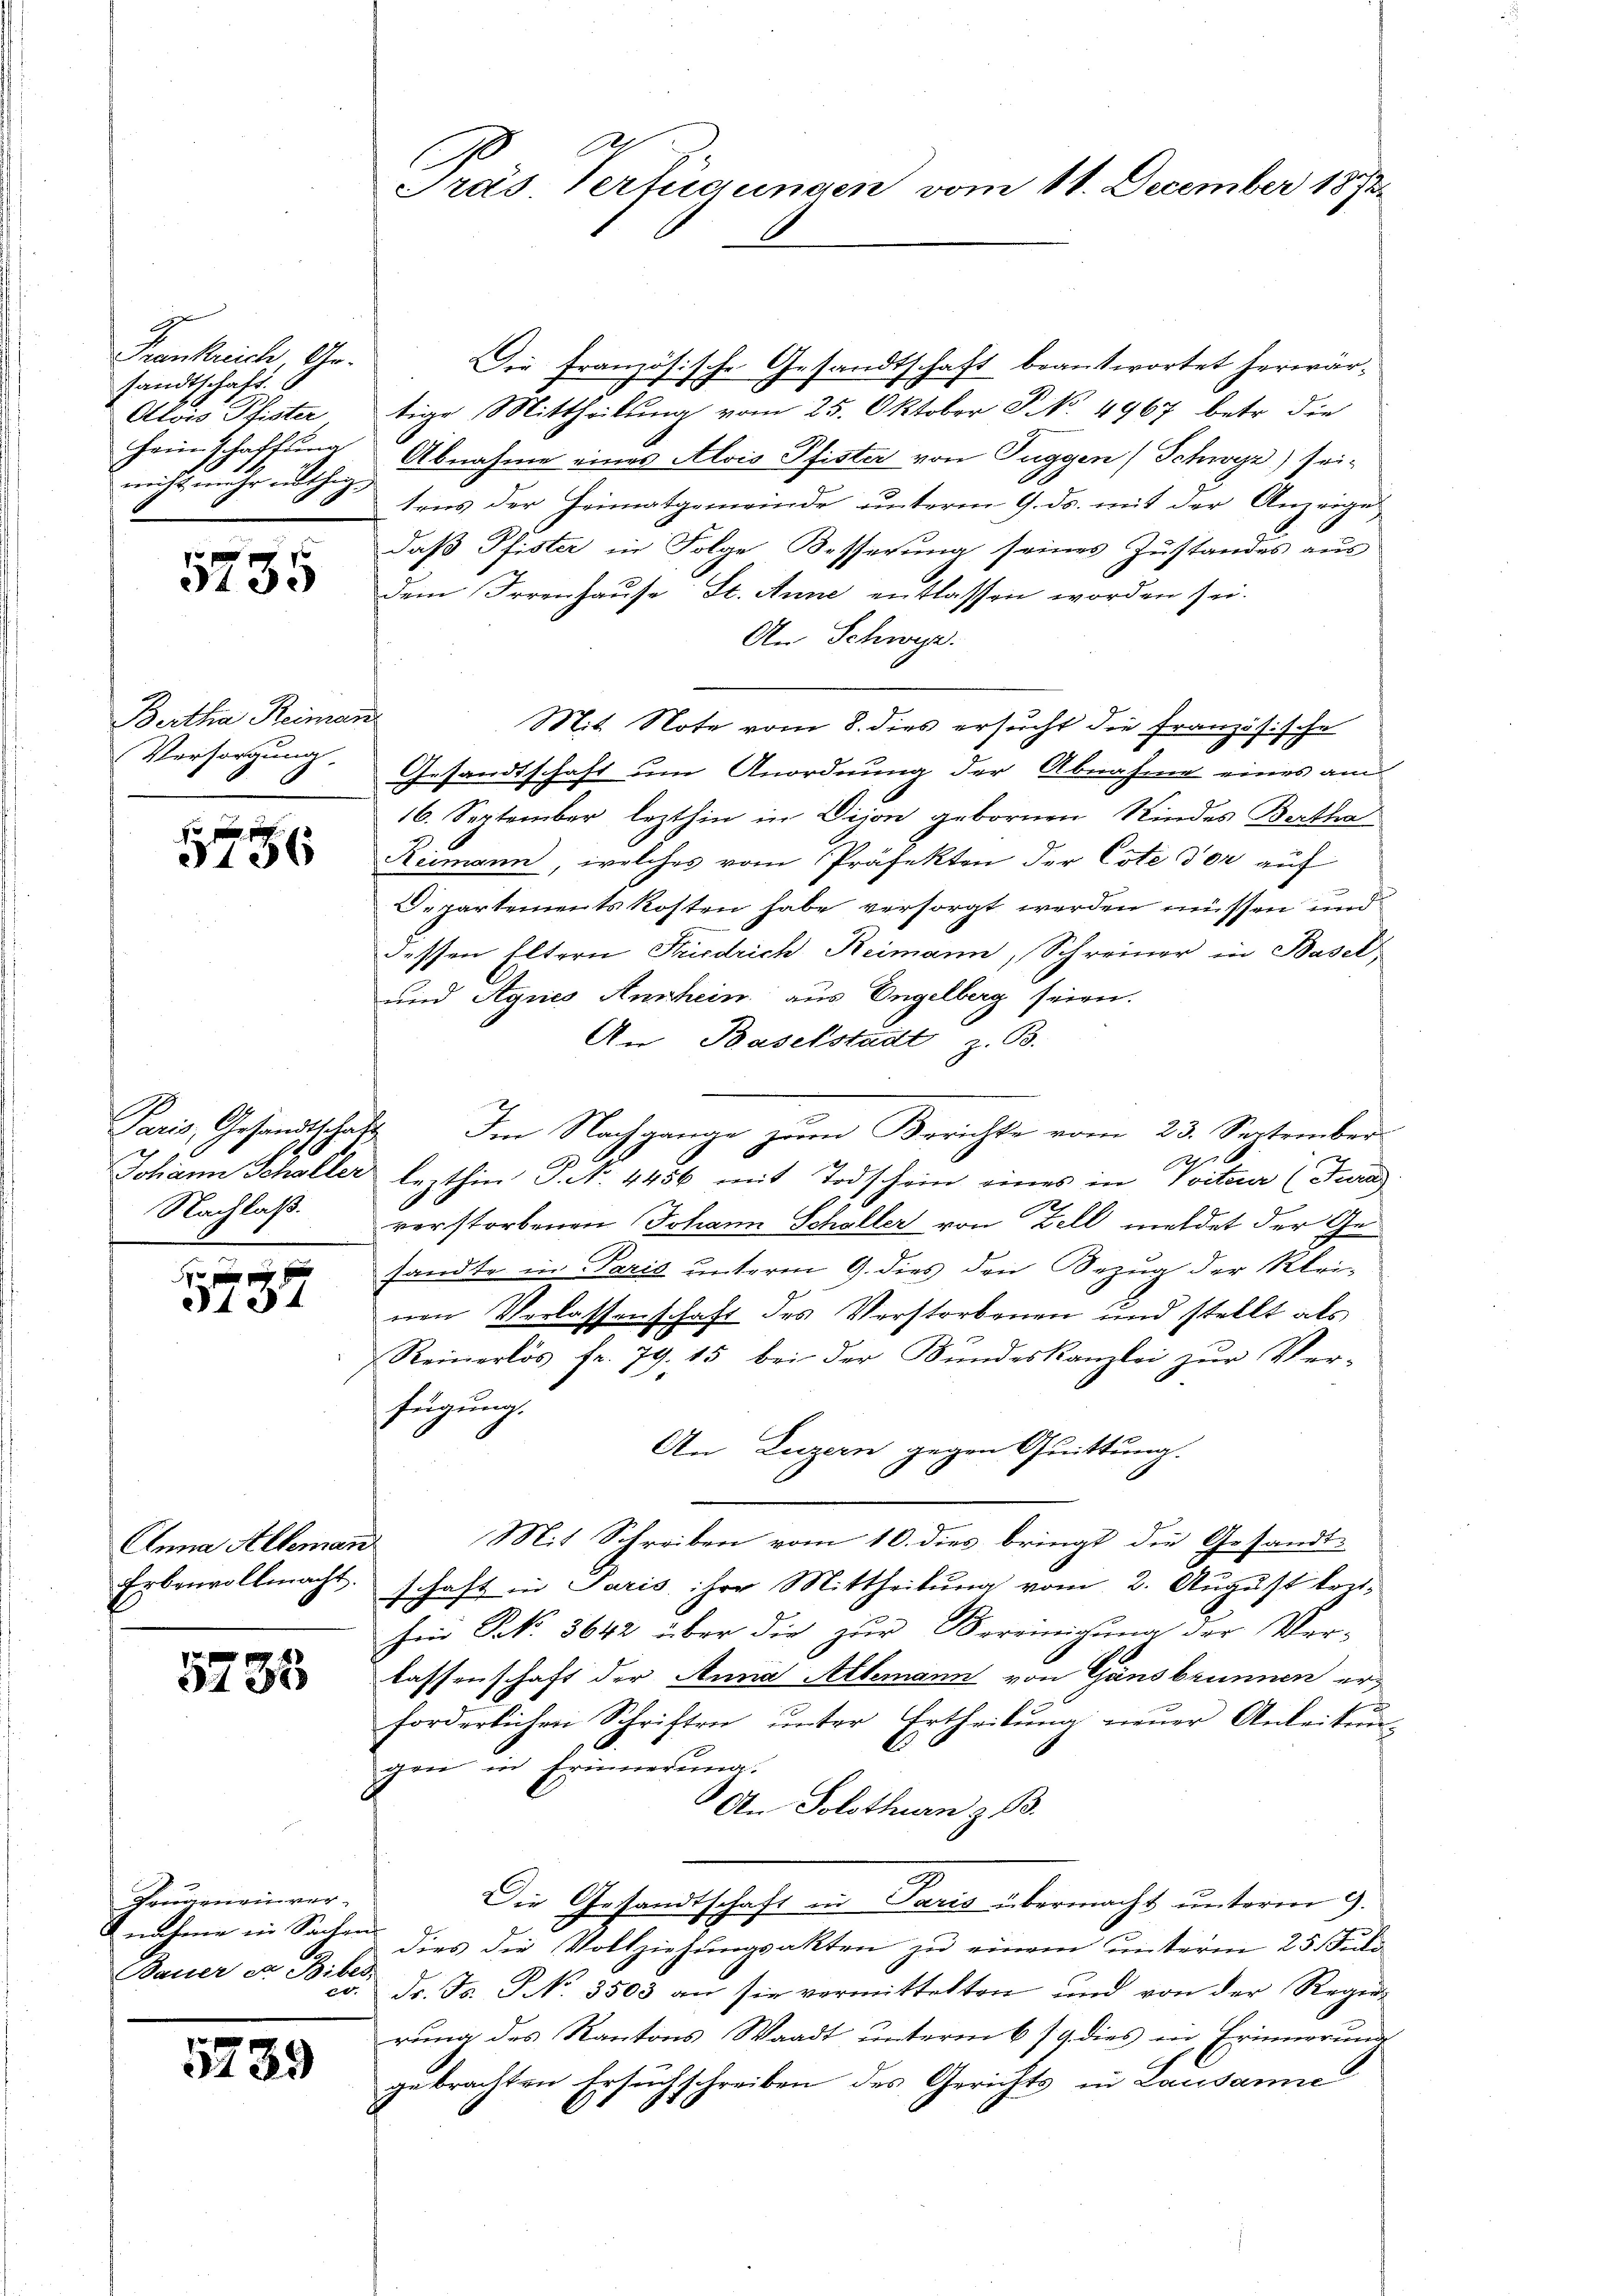
Frankreich, Ge-
sandtschaft
Alois Pister
feinschaffung

5735

Bertha Reimann
Versorgung.

5756

Nachlaß.

xx
3434

Anna Alleman

5733

Vongeneinver-
Bauer er Biber

5239

Dir französische Gesandtschaft beantwortet herwärtige Mittheilung vom 25. Oktober P. No. 4967 betr. die
Abnahme eines Alois Pfister von Tuggen (Schwyz) seinicht mehr an sons der Heimatgemeinde unterm 9. ds. mit der Anzeigedaß Pfister in Folge Besserung seines Zustandes aus
dem Irrenhause St. Anne entlassen worden sei.
An Schwyz.
Mit Note vom 8. dies ersucht die Französische
Gesandtschaft um Anordnung der Abnahme eines am
16. September lezthin in Dijon gebornen Kindes Bertha
Reimann, welches vom Präfekten der Cote der auf
2. partements kosten habe versorgt werden müssen und
dessen Eltern Friedrich Reimann, Schreiner in Basel¬
und Agnes Anschein aus Engelberg seien.
An Baselstadt B.
Paris, Gesandtschaft. Im Nachgange zum Berichte vom 23. September
1
Johann Schaller lezthin P. N. 4456 mit Todschein eines in Vviter (Tura
verstorbenen Johann Schaller von Zell meldet der Gesandte in Paris unterm 9. dies den Bezug der Kleinen Verlassenschaft des Verstorbenen und stellt als
Reinerlös fr. 79. 15 bei der Bundeskanzlei zur Ver-
fügung.
An Luzern gegen Quittung.
Mit Schreiben vom 10. dies bringt die Gesandt-
Erbenvollmacht. Schaft in Paris ihre Mittheilung vom 2. August leithen No. 5642 über die zur Vereinigung der Ver-
lassenschaft der Anna Allemann von Gänsbrunnen erforderlichen Schriften unter Ertheilung neuer Anleiten-
gen in Erinnerung.
An Solothurn z. B.
Die Gesandtschaft in Paris übermacht unterm 9.
nahme in Sachen dies die Vollziehungsakten zu einem unterm 25. Juli
co. dr. Fr. S. 3503 an sie vermittelten und von der Regen-
rung des Kantons Waadt unterm 6. 79 dies in Erinnerung
gebrachten Ersuchschreiben des Gerichts in Lausanne

Präs. Verfügungen vom 11. December 1871